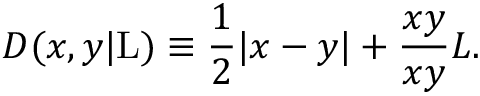
D ( x , y | \mathrm { L } ) \equiv \frac { 1 } { 2 } | x - y | + \frac { x y } { x y } { L } .